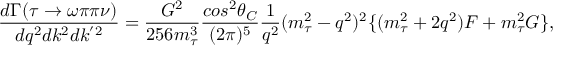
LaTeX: \frac { d \Gamma ( \tau \rightarrow \omega \pi \pi \nu ) } { d q ^ { 2 } d k ^ { 2 } d k ^ { ' 2 } } = \frac { G ^ { 2 } } { 2 5 6 m _ { \tau } ^ { 3 } } \frac { c o s ^ { 2 } \theta _ { C } } { ( 2 \pi ) ^ { 5 } } { \frac { 1 } { q ^ { 2 } } } ( m _ { \tau } ^ { 2 } - q ^ { 2 } ) ^ { 2 } \{ ( m _ { \tau } ^ { 2 } + 2 q ^ { 2 } ) F + m _ { \tau } ^ { 2 } G \} ,